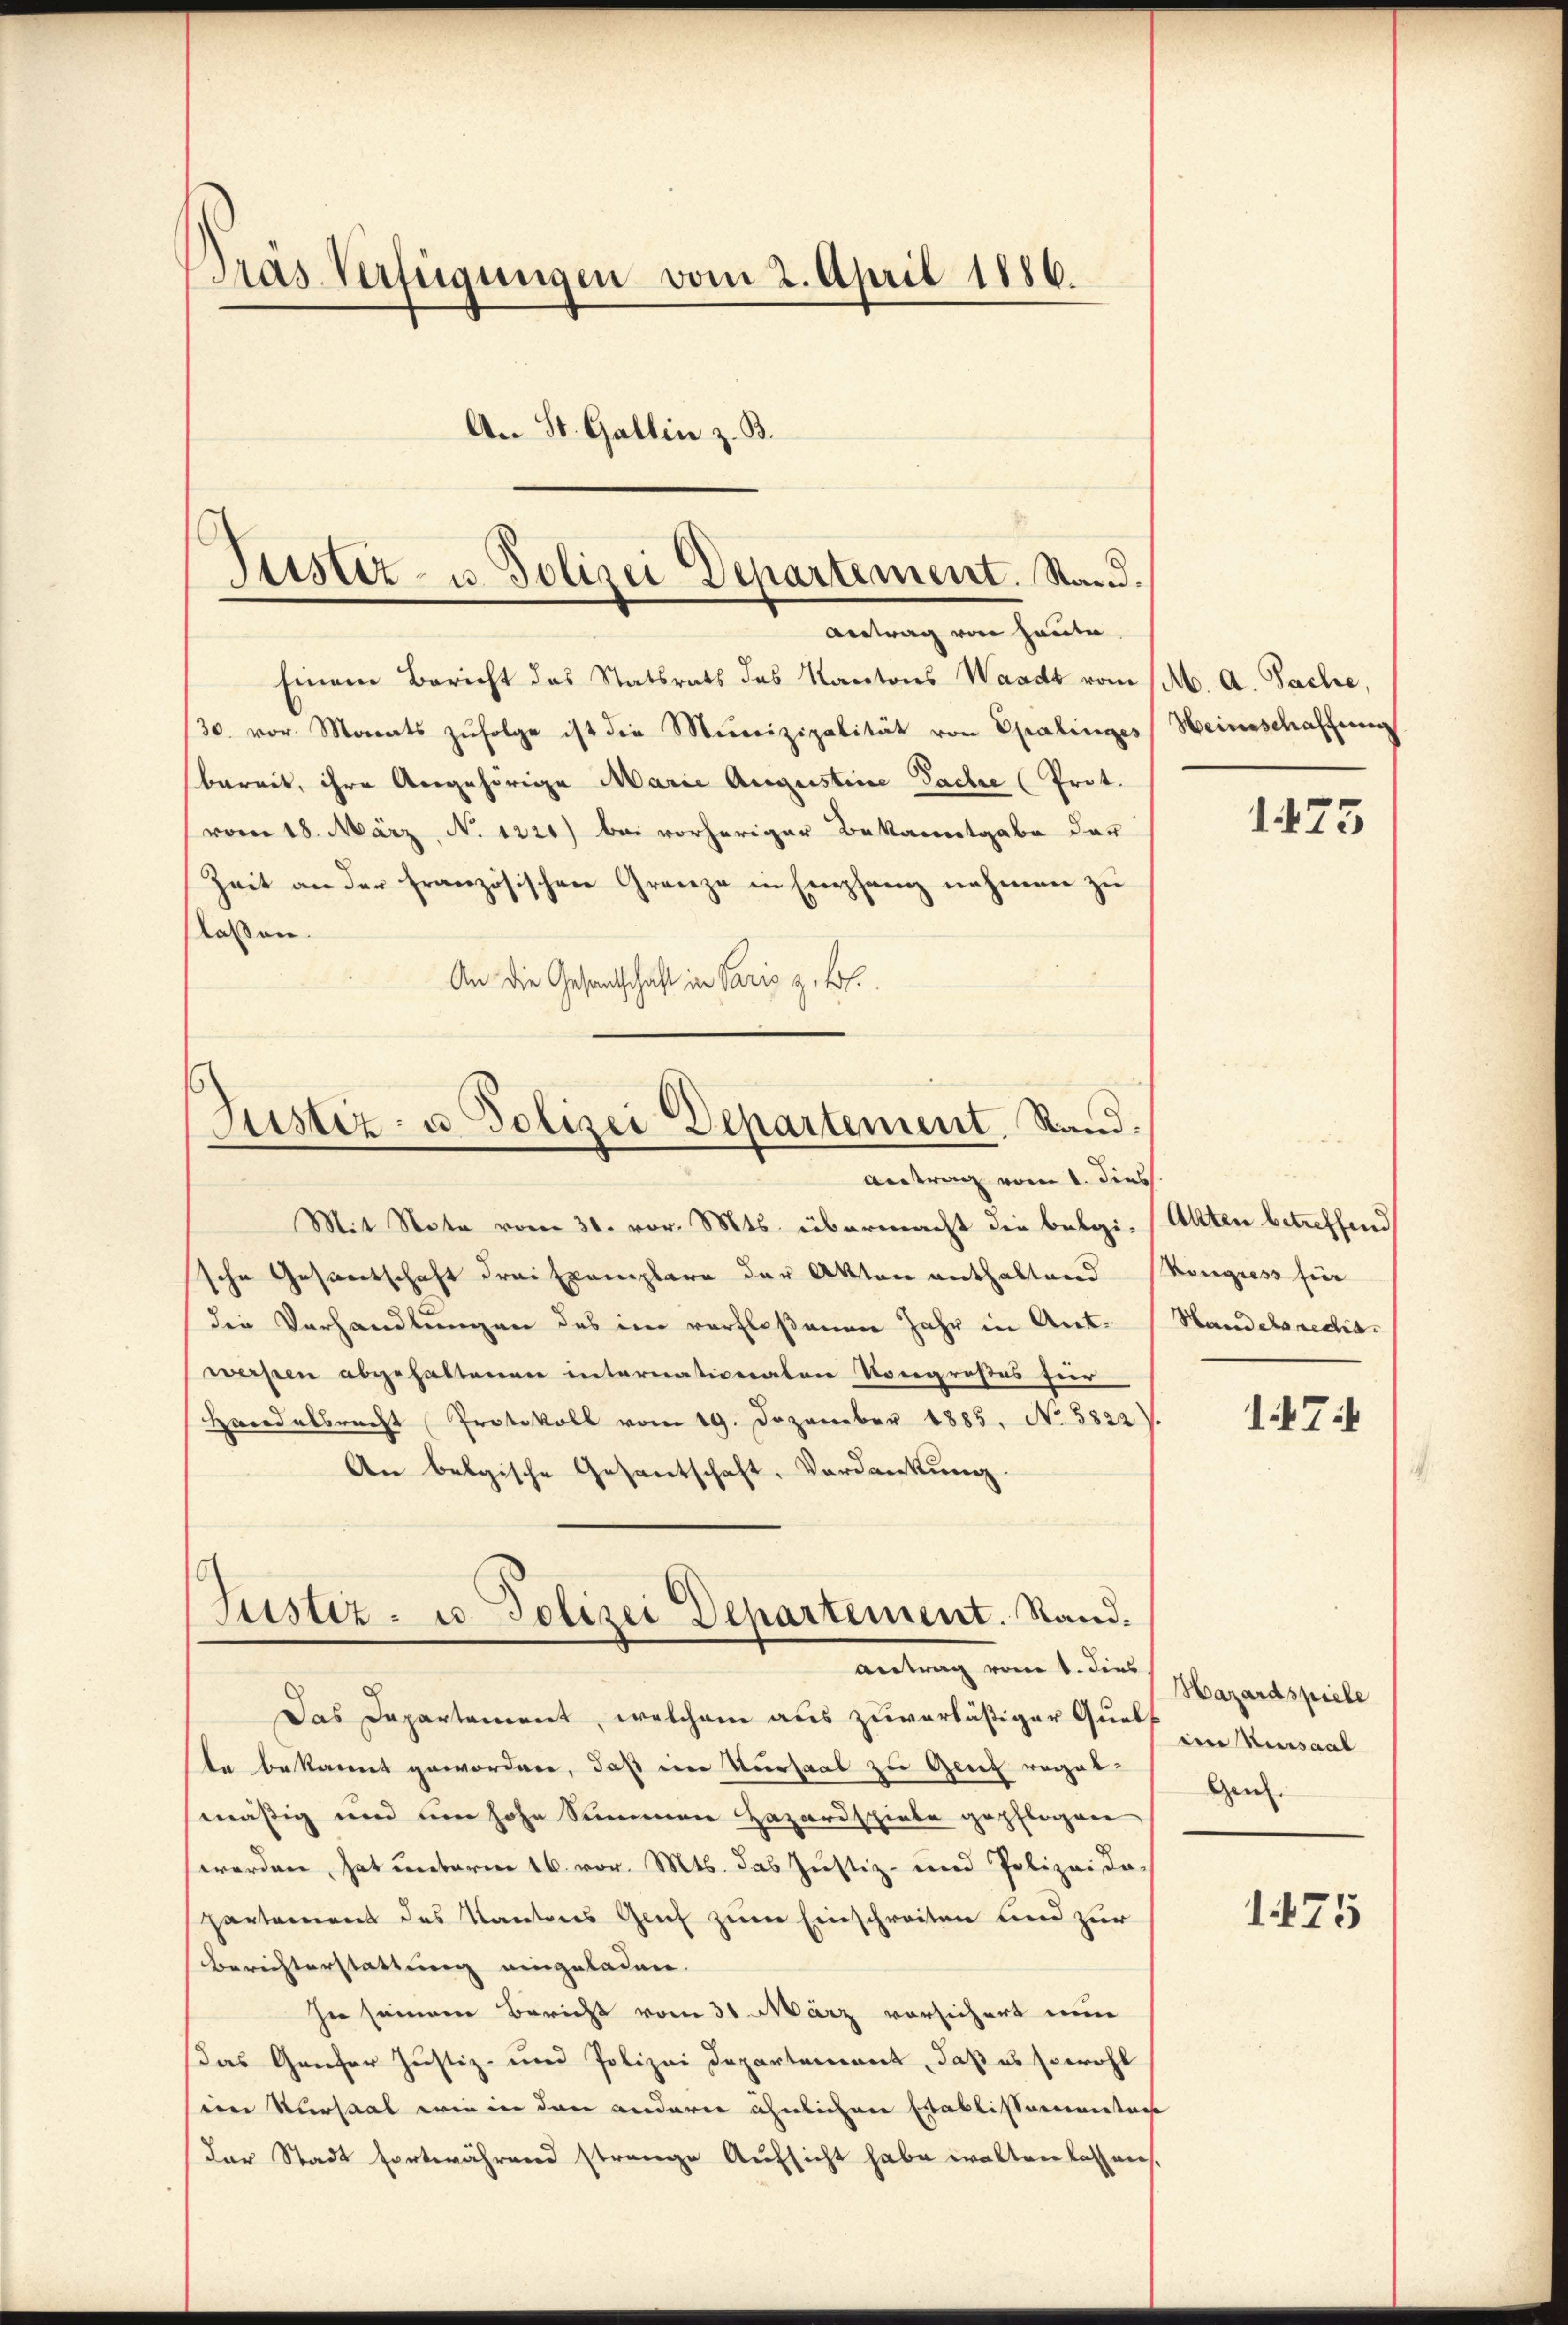
Pras Verfügungen vom 2. April 1886.
An St. Gallin z. B.

Einem Bericht das Statsrats des Kantons Waadt vom (M. A. Sache,
30. vor Monats zŭfolge ist die Meereizipalität von Opalinges Heinschaffung
bereit, ihre Angehörige Marie Augustine Sache (Prot.
vom 18. März, N. 1221) bei vorheriger Bekanntgabe der
Zeit an der französischen Grenze in Empfang nehmen zu
lassen.
An die Gesandschaft in Paris z. B.
Mit Note vom 31. vor. Mts. übermacht die belgi- (Akten betreffend
sche Gesandtschaft drei Exemplare der Akten enthaltend Kongress für
die Verhandlungen des im verfloßenen Jahr in Ant. Handelsrechawerpen abgehaltenen internationalen Vorgroßes für
Handelsrecht Protokoll vom 19. Dezember 1885, No. 5822).
An belgische Gesantschaft, Verdankung.
Justiz- u. Polizei Departement. Stand.
Antrag vom t. dies
Das Departement, welchem aus zuverläßiger Qualt
ta bekannt gewordene, daß im Versaal zu Genz regelmäßig und den hohe Simmern Hazardschiebe gepflogen
werden hat unterm 16. vor. Mts. das Justiz- und Polizeida-
partement des Kantons Genf zum Einschreiten und zur
Berechterstattung eingeladen.
In seinem Bericht vom 31. März vorsichert ni
Das Genfer Justiz- und Polizei Departement, daß es sowohl
em Kursaal wie in den anderer ähnlichen Etablissementag
Der Stadt fortwährend strange Aufsicht habe walten lassen.

Justiz- u. Polizei Departement. Stand.
Antrag von heute.

Justiz- u. Polizei Departement. Stand.
Antrag vom 1. dies

1475

174

Hazardspiele
iin Versaal
Gen.

175